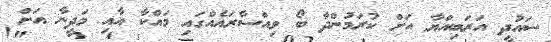
ސައުދީ އަރަބިއްޔާ އަށް ކުރަމުންދާ ބޯ ވިއްސާރައެއްގައި މައްކާ އާއި މަދީނާ އަށް